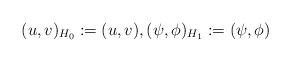
LaTeX: \begin{align*}(u,v)_{H_0}:=(u,v),(\psi,\phi)_{H_1}:=(\psi,\phi)\end{align*}